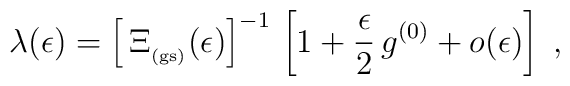
\lambda(\epsilon)=\left[\,\Xi_{_{\rm (gs)}}  (\epsilon)\right]^{-1}\,\left[ 1 +\frac{\epsilon}{2}\, g^{(0)}+ o(\epsilon)  \right]\;  ,